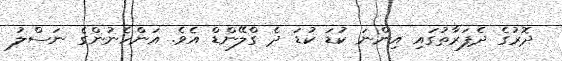
ދޮރުގެ ދެފަރާތުގައި އިންނަ ކުޑަ ކުޑަ ދެ ގްލޭންޑް އެވެ. އަންހެނުންގެ ނަސްލު